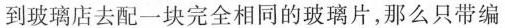
到玻璃店去配一块完全相同的玻璃片，那么只带编